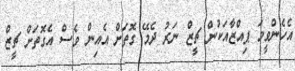
އެހެންވީމަ ޕިއްޒާއަކުން ޗީޒް ނަރު ދެމޭ ގޮތަށް އެއިން ވެސް އެގޮތަށް ޗީޒް